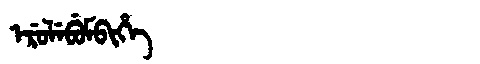
Manchu: ᡝᡵᡠᠯᡝᠪᡠᠮᠪᡳᡥᡝ
Romanization: ERULEBUMBIHE